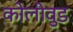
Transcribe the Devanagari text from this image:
कोलीवुड